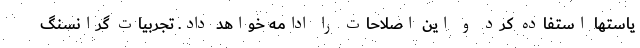
یاستها استفاده کرد و این اصلاحات را ادامه خواهد داد. تجربیات گرانسنگ